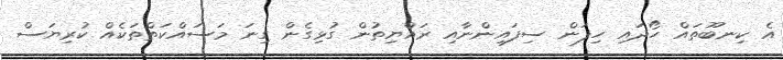
އެ ކިނބޫތައް ހޯދައި ހިފަން ސިފައިންނާއި ރައްޔިތުން ގުޅިގެން ގިނަ މަސައްކަތްތަކެއް ކުރިޔަސް